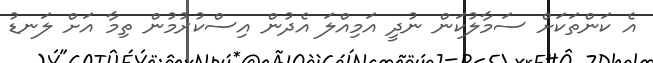
އެ ކަންތަކަށް ސަމާލުކަން ނުދީ އަމިއްލަ އެދުން އިސްކުރުމުން ތިމާ އަށް ލަނޑު